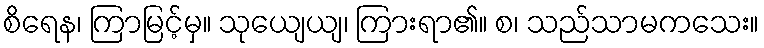
စိရေန၊ ကြာမြင့်မှ။ သုယျေယျ၊ ကြားရာ၏။ စ၊ သည်သာမကသေး။